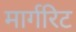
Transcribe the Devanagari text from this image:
मार्गरिट